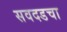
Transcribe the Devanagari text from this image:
सवदडचा